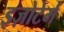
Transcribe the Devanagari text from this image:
इज़ोटेर्म